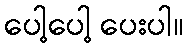
ပေါ့ပေါ့ ပေးပါ။